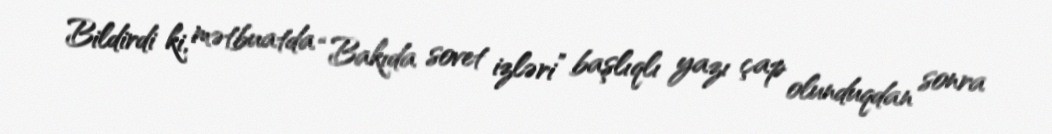
Bildirdi ki, mətbuatda “Bakıda sovet izləri” başlıqlı yazı çap olunduqdan sonra